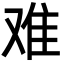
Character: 难